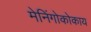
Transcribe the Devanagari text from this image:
मेनिंगोकोकाय